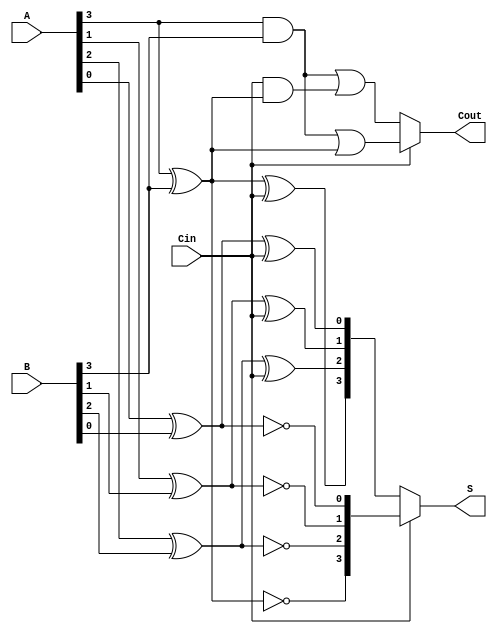
module ConditionalSumAdder #(
    parameter N = 4 // Parameter for the bit width of the inputs
)(
    input [N-1:0] A,     // First n-bit input
    input [N-1:0] B,     // Second n-bit input
    input Cin,           // Carry-in
    output [N-1:0] S,    // n-bit sum output
    output Cout          // Carry-out
);

    // Internal wires for partial sums and carries
    wire [N-1:0] S0, S1; // Sums when Cin = 0 and Cin = 1
    wire [N-1:0] C0, C1; // Carries when Cin = 0 and Cin = 1

    // Generate partial sums and carries for each bit
    genvar i;
    generate
        for (i = 0; i < N; i = i + 1) begin : CSA
            // Sum calculations
            assign S0[i] = A[i] ^ B[i] ^ Cin;      // Sum if carry-in is 0
            assign S1[i] = A[i] ^ B[i] ^ 1'b1;     // Sum if carry-in is 1
            
            // Carry calculations
            assign C0[i] = (A[i] & B[i]) | (Cin & (A[i] ^ B[i])); // Carry if carry-in is 0
            assign C1[i] = (A[i] & B[i]) | (1'b1 & (A[i] ^ B[i])); // Carry if carry-in is 1
        end
    endgenerate

    // Final sum and carry-out selection
    assign S = (Cin == 1'b0) ? S0 : S1; // Select sum based on Cin
    assign Cout = (Cin == 1'b0) ? C0[N-1] : C1[N-1]; // Select carry-out based on Cin

endmodule